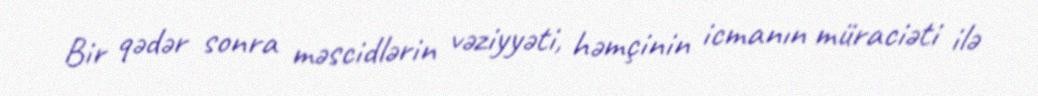
Bir qədər sonra məscidlərin vəziyyəti, həmçinin icmanın müraciəti ilə